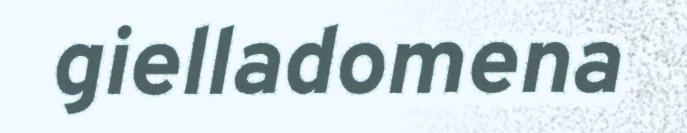
gielladomena